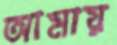
আমায়